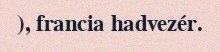
), francia hadvezér.